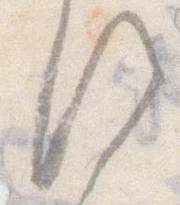
す